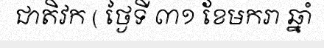
ជាតិវក ( ថ្ងៃទី ៣១ ខែមករា ឆ្នាំ